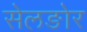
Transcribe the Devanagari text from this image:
सेलङोर